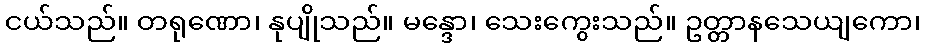
ငယ်သည်။ တရုဏော၊ နုပျိုသည်။ မန္ဒော၊ သေးကွေးသည်။ ဥတ္တာနသေယျကော၊